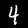
Digit: 4